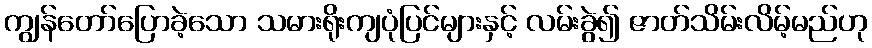
ကျွန်တော်ပြောခဲ့သော သမားရိုးကျပုံပြင်များနှင့် လမ်းခွဲ၍ ဇာတ်သိမ်းလိမ့်မည်ဟု